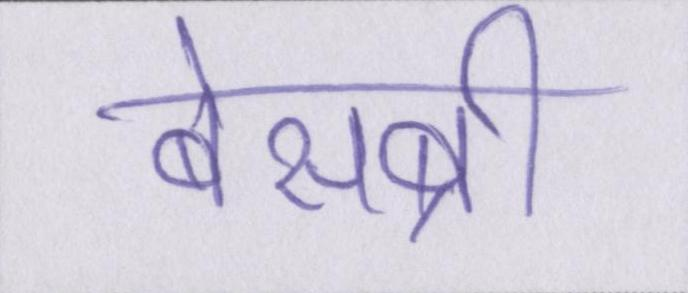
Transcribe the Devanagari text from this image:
बेसब्री